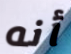
أنه